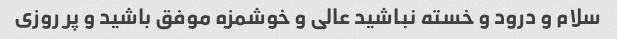
سلام و درود و خسته نباشید عالی و خوشمزه موفق باشید و پر روزی